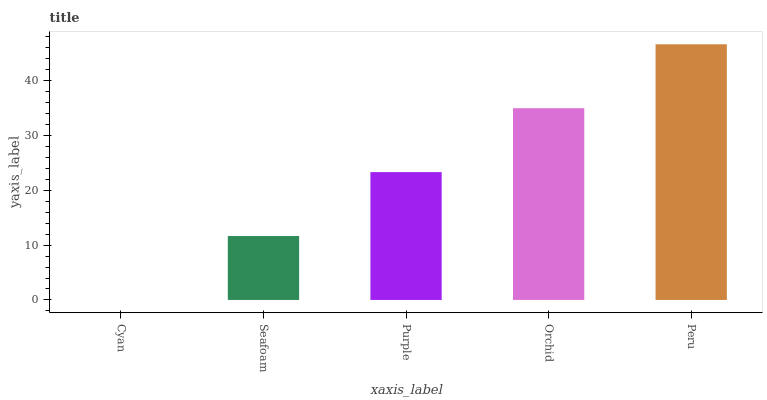
| xaxis_label | bars |
 | --- | --- |
 | Cyan | 0 |
 | Seafoam | 11.7 |
 | Purple | 23.3 |
 | Orchid | 35 |
 | Peru | 46.7 |